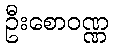
ဦးစောဝဏ္ဏ